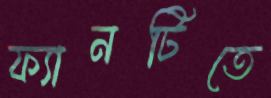
ফ্যানটিতে